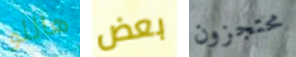
هاللو بعض محتجزون